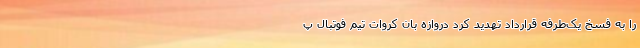
را به فسخ یک‌طرفه قرارداد تهدید کرد دروازه بان کروات تیم فوتبال پ